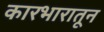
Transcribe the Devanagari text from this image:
कारभारातून